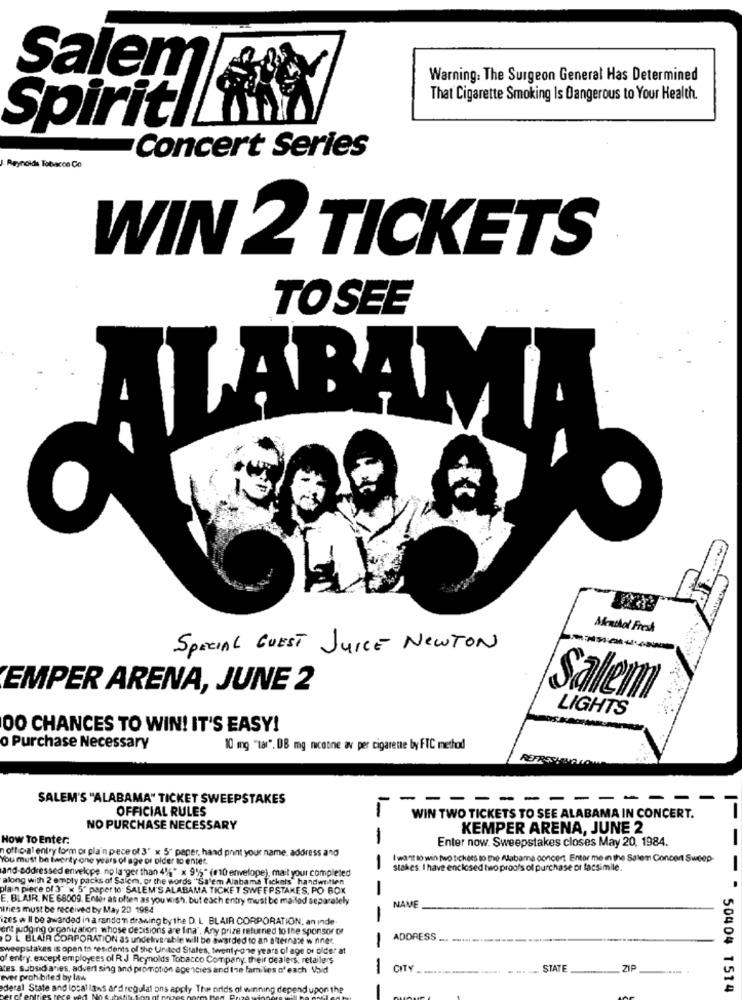
Warning. The Surgeon General Has Determined
Salem
That Cigarette Smoking Is Dangerous to Your Health.
Spiritl
Concert Series
Reynolds Tobacco Co
WIN 2 TICKETS
TOSEE
Menthol Freak
SPECIAL GUEST JUICE NEWTON
------
EMPER ARENA, JUNE 2
Salem
LIGHTS
00 CHANCES TO WIN! IT'S EASY!
o Purchase Necessary
10 mg "tar", DB mg nicotine av per cigarette by FTC method
SALEM'S "ALABAMA" TICKET SWEEPSTAKES
- -
-- -----
-
OFFICIAL RULES
WIN TWO TICKETS TO SEE ALABAMA IN CONCERT.
NO PURCHASE NECESSARY
KEMPER ARENA, JUNE 2
How To Enter.
-
Enter now. Sweepstakes closes May 20, 1984.
notho al entry form or pla'n pece of 3" x 5" paper, hand print your name, address and
fou must be fwerty one years of age or older to enter.
I want to win two tickets to the Alabama concert Entor me in the Salem Concert Sweep-
and-addressed envelope. no larger than 4%" x 9%" (10 envelope), mait your completed
stakes. I have enclosed two proofs of purchase or facsimile.
along with 2 empty packs of Salem, or the words "Sa'em Alabama Tickets" handwnitien
plain piece of 3" x 5" paper to SALEM'S ALABAMA TICKET SWEEPSTAKES. PO BOX
-
E. BLAIR, NE 68009. Enter as often as you wish. but each entry must be mailed separately
uries must be received by May 20 1984
NAME
izes w Il be awarded in a rando'n drawing by the D. L BLAIR CORPORATION, an Inde-
ent judging organization whose decisions are Ina". Any prize returned to the sponsor or
D L BLAIR CORPORATION as undeliverable will be awarded to an alternate w nner
ADDRESS
----
weepstakes is open to residents of the United States, twenty-one years of age or older at
of entry, except employees of R.J Reynolds Tobacco Company, their dealers, retailers
tes subsidiaries, advert sing and promotion agencies and Ine families of each Vaid
CITY
STATE
ZIP
ever proh bited by law
ederal State and local is
pend upon the
50404 1514